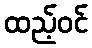
ထည့်ဝင်